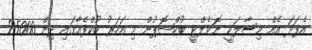
އެފަދަ އެއް މިސާލަކީ ނޮވެލްޓީ ބުކްޝޮޕުން މި އަހަރު ބުކްފެއާގައި ދިން 25000